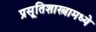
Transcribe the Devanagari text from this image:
प्रसूतिशास्त्रामध्ये